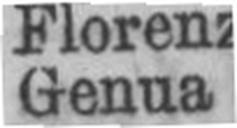
Genna